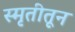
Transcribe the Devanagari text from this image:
स्मृतीतून